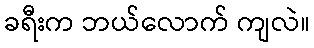
ခရီးက ဘယ်လောက် ကျလဲ။